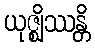
ယုဇ္ဈိဿန္တိ